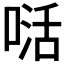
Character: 𭉉